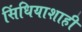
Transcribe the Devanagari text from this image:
सिंधियाशाही